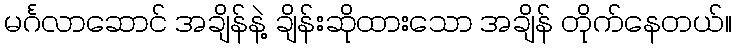
မင်္ဂလာဆောင် အချိန်နဲ့ ချိန်းဆိုထားသော အချိန် တိုက်နေတယ်။